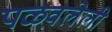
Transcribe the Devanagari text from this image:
पळवलेली